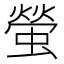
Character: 螢